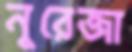
নুরেজা